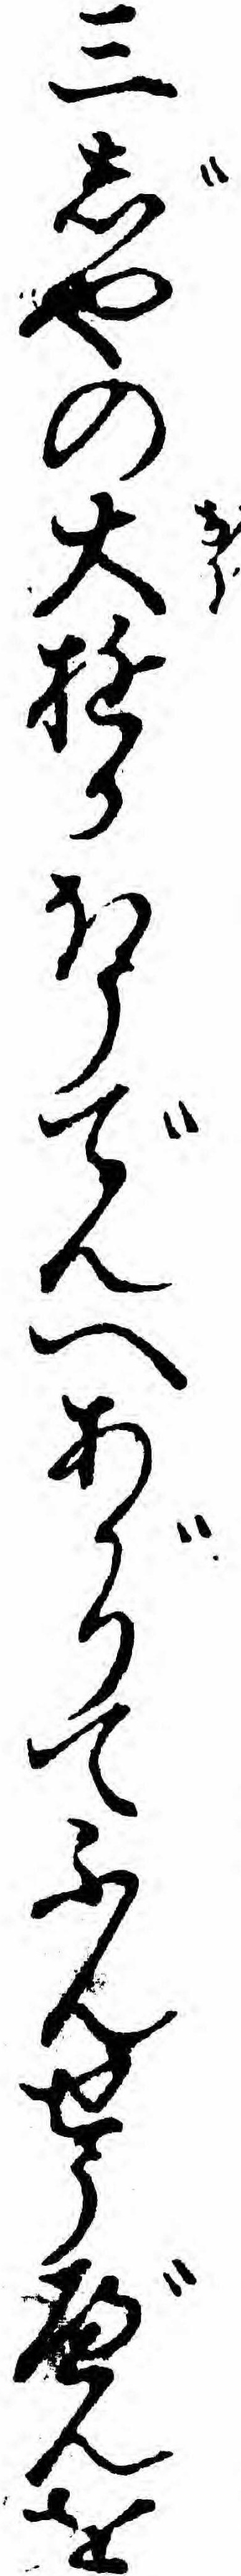
三じやの大ゆかほうでんへあがりてふんせうべんを